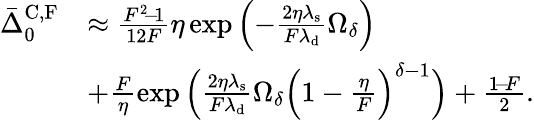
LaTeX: \begin{array}{rl}{\bar{\Delta}_{0}^{\mathrm{C,F}}}&{\approx\frac{F^{2}\! -\! 1}{12F}\eta\exp\left(-\frac{2\eta\lambda_{\mathrm{s}}}{F\lambda_{\mathrm{d}}}\Omega_{\delta}\right)}\\ &{+\frac{F}{\eta}\exp\left(\frac{2\eta\lambda_{\mathrm{s}}}{F\lambda_{\mathrm{d}}}\Omega_{\delta}\Big(1-\frac{\eta}{F}\Big)^{\delta-1}\right)+\frac{1\! -\! F}{2}.}\end{array}